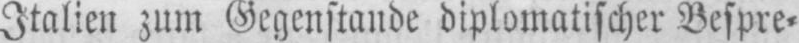
Italien zum Gegenstande diplomatischer Bespre⸗